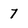
Character: 7